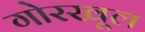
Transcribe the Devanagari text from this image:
गोरखूल